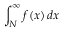
\int _ { N } ^ { \infty } f ( x ) \, d x